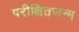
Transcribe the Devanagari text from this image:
परीक्षितजन्म